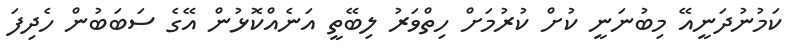
ކަމުނުދަނީއޭ މިބުނަނީ ކުށް ކުރުމަށް ހިތްވަރު ލިބޭތީ އަނެއްކޮޅުން އޭގެ ސަބަބުން ހެދިފަ